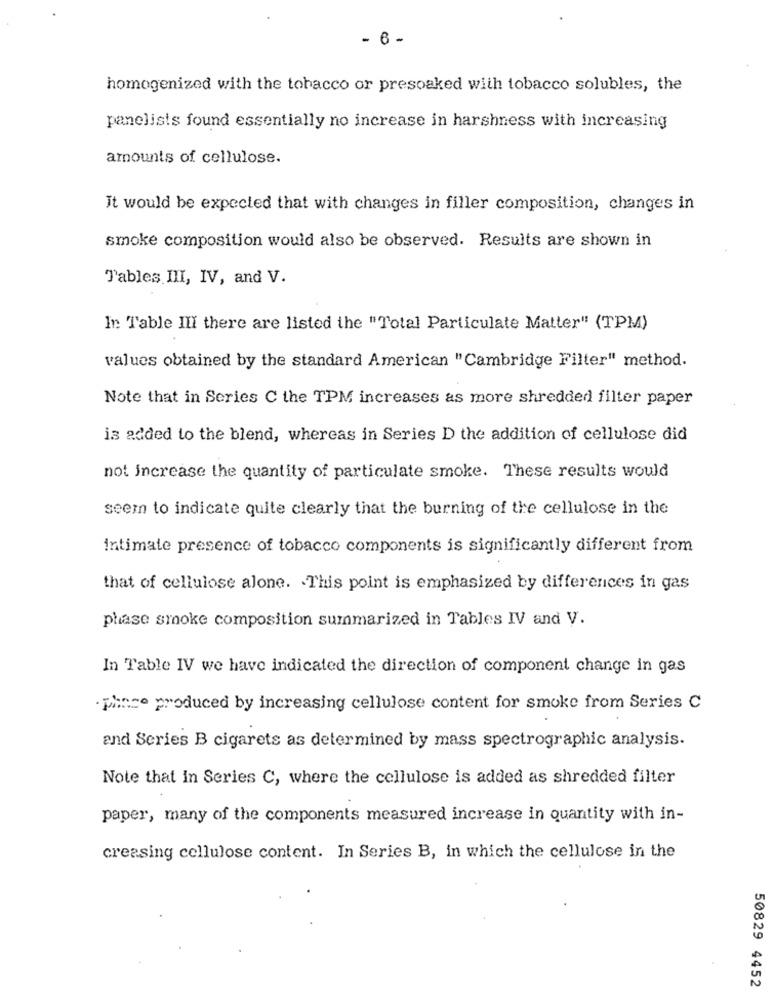
- 6 -
homogenized with the tobacco or presoaked with tobacco solubles, the
panelists found essentially no increase in harshness with increasing
amounts of cellulose.
It would be expected that with changes in filler composition, changes in
smoke composition would also be observed. Results are shown in
Tables III, IV, and V.
In Table III there are listed the "Total Particulate Matter" (TPM)
values obtained by the standard American "Cambridge Filter" method.
Note that in Series C the TPM increases as more shredded filter paper
is added to the blend, whereas in Series D the addition of cellulose did
not increase the quantity of particulate smoke. These results would
seem to indicate quite clearly that the burning of the cellulose in the
Intimate presence of tobacco components is significantly different from
that of cellulose alone. . This point is emphasized by differences in gas
phase smoke composition summarized in Tables IV and V.
In Table IV we have indicated the direction of component change in gas
. pince produced by increasing cellulose content for smoke from Series C
and Series B cigarets as determined by mass spectrographic analysis.
Note that in Series C, where the cellulose is added as shredded filter
paper, many of the components measured increase in quantity with in-
creasing cellulose content. In Series B, in which the cellulose in the
50829 4452